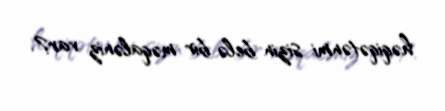
həqiqətənmi sizin belə bir məqaləniz var?.